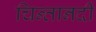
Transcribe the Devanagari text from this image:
चिन्तानदी